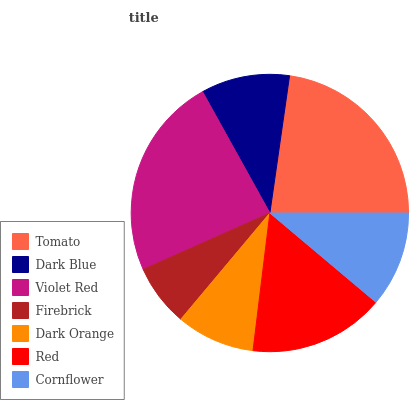
| Tomato | Dark Blue | Violet Red | Firebrick | Dark Orange | Red | Cornflower |
 | --- | --- | --- | --- | --- | --- | --- |
 | 22.8% | 10.3% | 23.6% | 7.23% | 9.17% | 15.8% | 11.1% |